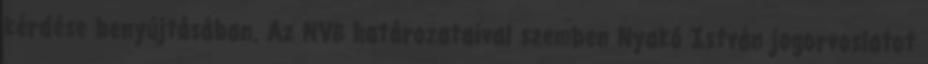
kérdése benyújtásában. Az NVB határozataival szemben Nyakó István jogorvoslatot